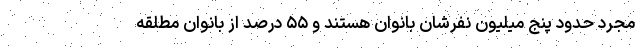
مجرد حدود پنج میلیون نفرشان بانوان هستند و ۵۵ درصد از بانوان مطلقه